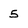
Character: 5